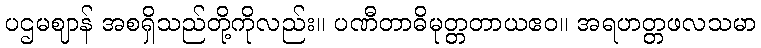
ပဌမဈာန် အစရှိသည်တို့ကိုလည်း။ ပဏီတာဓိမုတ္တတာယဧဝ။ အရဟတ္တဖလသမာ